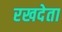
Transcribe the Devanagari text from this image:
रखदेता